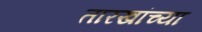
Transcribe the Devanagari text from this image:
तारखांच्या